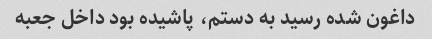
داغون شده رسید به دستم، پاشیده بود داخل جعبه